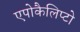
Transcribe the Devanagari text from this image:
एपोकैलिप्टो